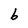
Character: b